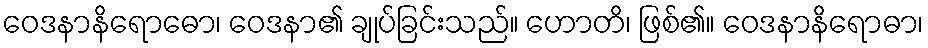
ဝေဒနာနိရောဓော၊ ဝေဒနာ၏ ချုပ်ခြင်းသည်။ ဟောတိ၊ ဖြစ်၏။ ဝေဒနာနိရောဓာ၊